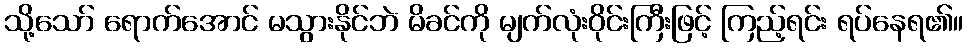
သို့သော် ရောက်အောင် မသွားနိုင်ဘဲ မိခင်ကို မျက်လုံးဝိုင်းကြီးဖြင့် ကြည့်ရင်း ရပ်နေရ၏။